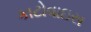
કાટોવાઇસ